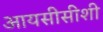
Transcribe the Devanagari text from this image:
आयसीसीशी